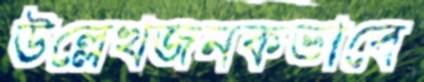
উল্লেখজনকভাবে